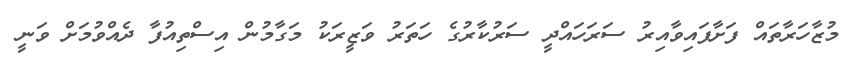
މުޒާހަރާތައް ފަށާފައިވާއިރު ސަރަހައްދީ ސަރުކާރުގެ ހަތަރު ވަޒީރަކު މަގާމުން އިސްތިއުފާ ދެއްވުމަށް ވަނީ